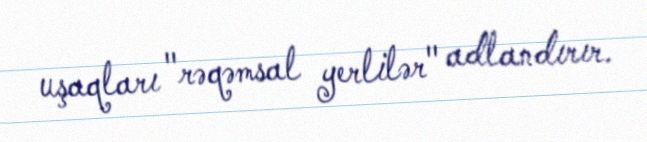
uşaqları "rəqəmsal yerlilər" adlandırır.